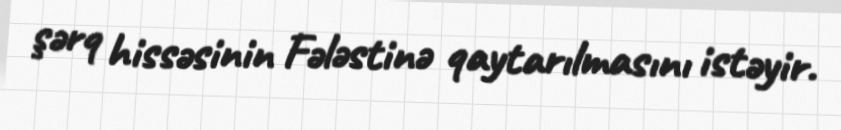
şərq hissəsinin Fələstinə qaytarılmasını istəyir.